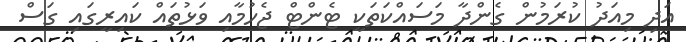
އަދި މިއަދު ކުރަމުން ގެންދާ މަސައްކަތަކީ ޓެންޓް ޖެހުމާއި ވަޅުތައް ކައިރީގައި ގަސް